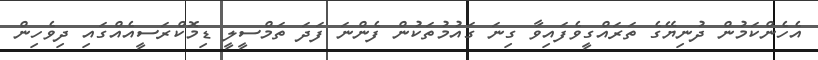
އެހެންކަމުން ދުނިޔޭގެ ތަރައްގީވެފައިވާ ގިނަ ގައުމުތަކުން ފެންނަ ފަދަ ތަމްސީލީ ޑިމޮކްރަސީއެއްގައި ދިވެހިން